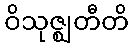
ဝိသုဇ္ဈတီတိ